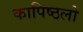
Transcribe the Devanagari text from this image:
कापिष्ठलो